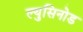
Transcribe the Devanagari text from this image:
ल्युसिनोड